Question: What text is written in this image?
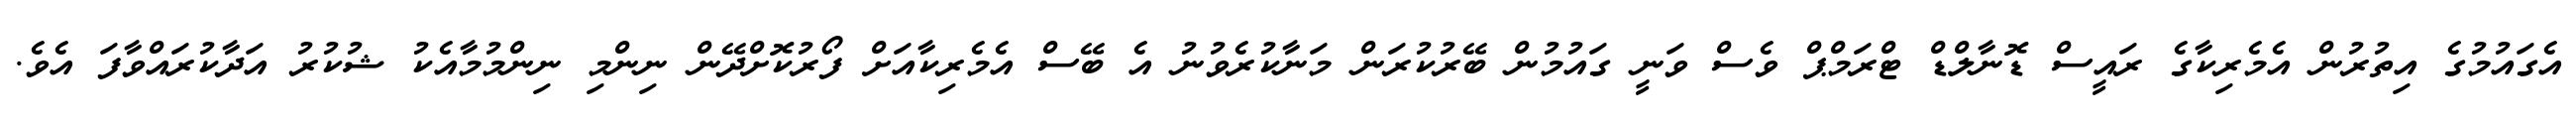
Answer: އެގައުމުގެ އިތުރުން އެމެރިކާގެ ރައީސް ޑޮނާލްޑް ޓްރަމްޕް ވެސް ވަނީ ގައުމުން ބޭރުކުރަން މަނާކުރެވުނު އެ ބޭސް އެމެރިކާއަށް ފޯރުކޮށްދޭން ނިންމި ނިންމުމާއެކު ޝުކުރު އަދާކުރައްވާފަ އެވެ.